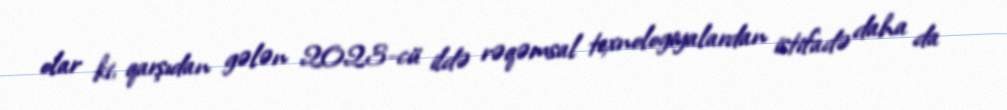
olar ki, qarşıdan gələn 2023-cü ildə rəqəmsal texnologiyalardan istifadə daha da